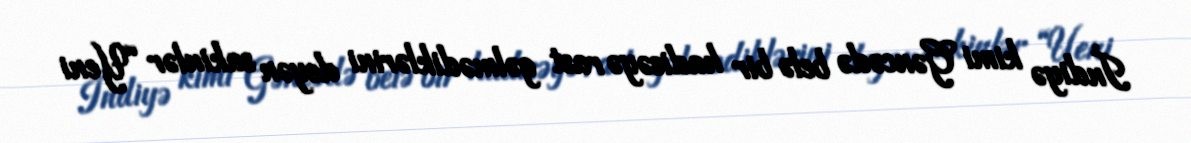
İndiyə kimi Gəncədə belə bir hadisəyə rast gəlmədiklərini deyən sakinlər “Yeni